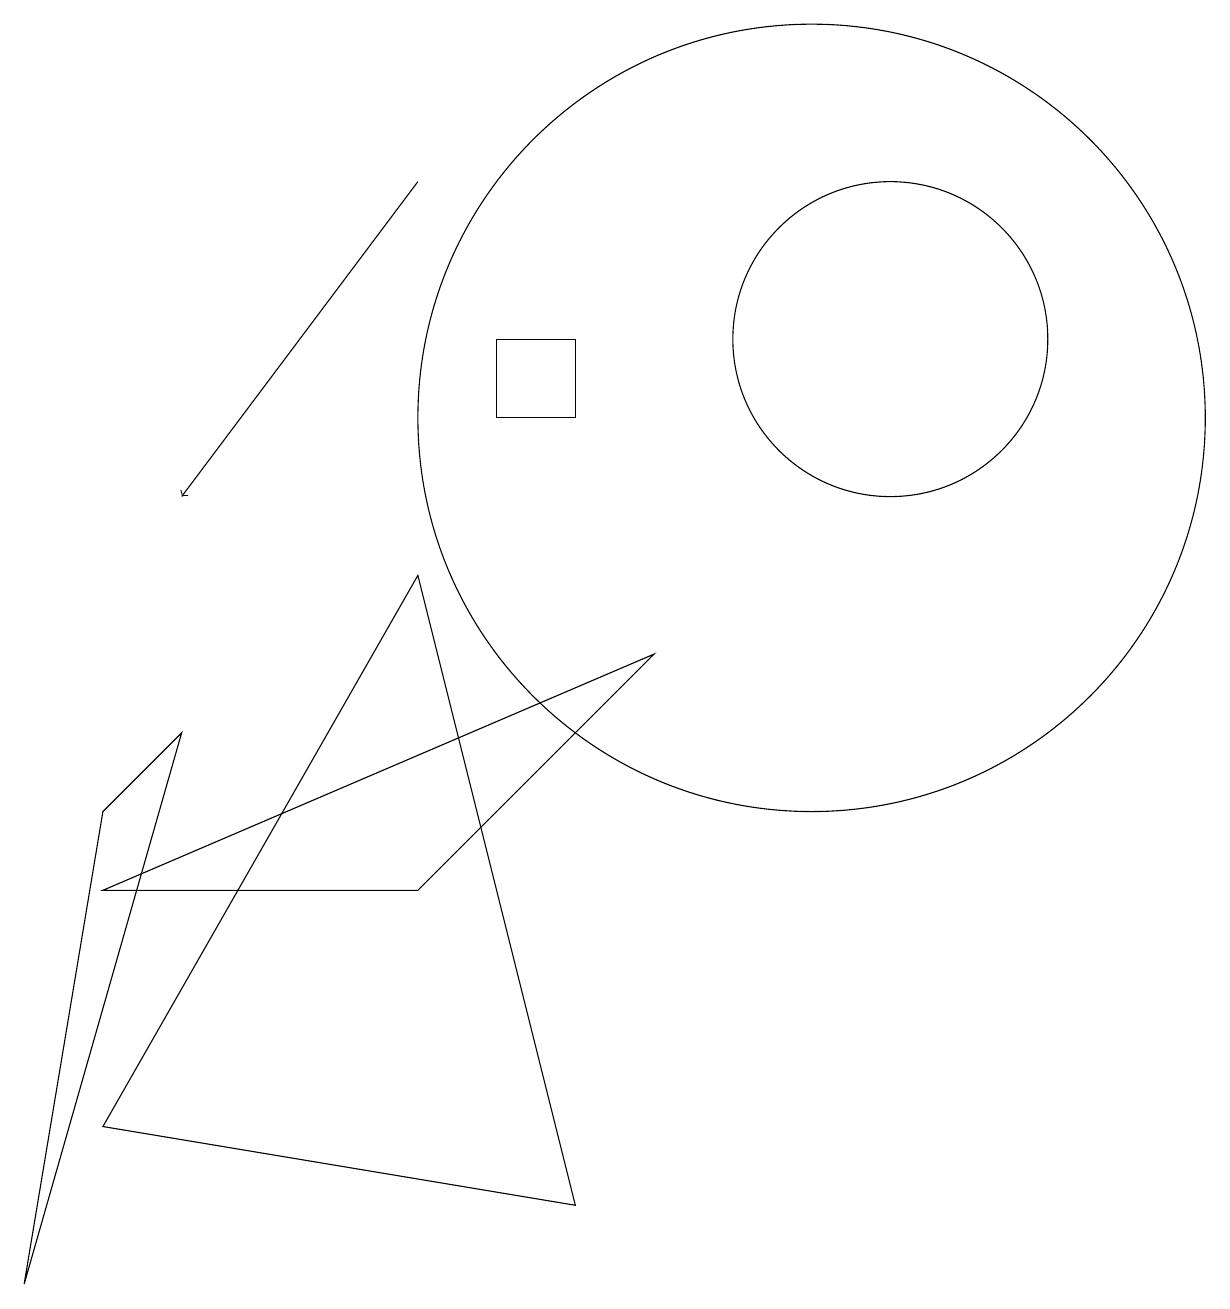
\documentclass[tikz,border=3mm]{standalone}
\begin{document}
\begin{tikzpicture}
\draw (2,7) -- (1,6) -- (0,0) -- cycle;
\draw (11,12) circle (2);
\draw (7,12) rectangle (6,11);
\draw (10,11) circle (5);
\draw (5,5) -- (8,8) -- (1,5) -- cycle;
\draw[->] (5,14) -- (2,10);
\draw (7,1) -- (5,9) -- (1,2) -- cycle;
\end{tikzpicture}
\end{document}